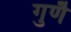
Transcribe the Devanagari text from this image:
गुणै